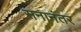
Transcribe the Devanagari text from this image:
सनानंतर